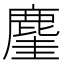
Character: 𪊧